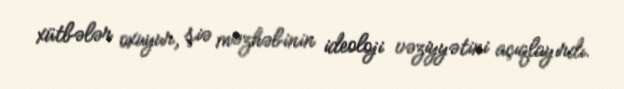
xütbələr oxuyur, şiə məzhəbinin ideoloji vəziyyətini açıqlayırdı.